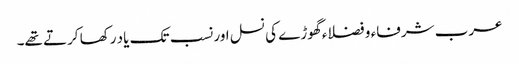
عرب شرفاء و فضلاء گھوڑے کی نسل اور نسب تک یاد رکھا کرتے تھے۔